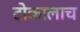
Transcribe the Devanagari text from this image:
टोकालाच